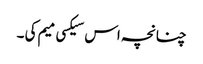
چنانچہ اس سیکسی میم کی ۔